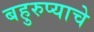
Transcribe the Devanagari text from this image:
बहुरुप्याचे